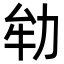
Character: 劺